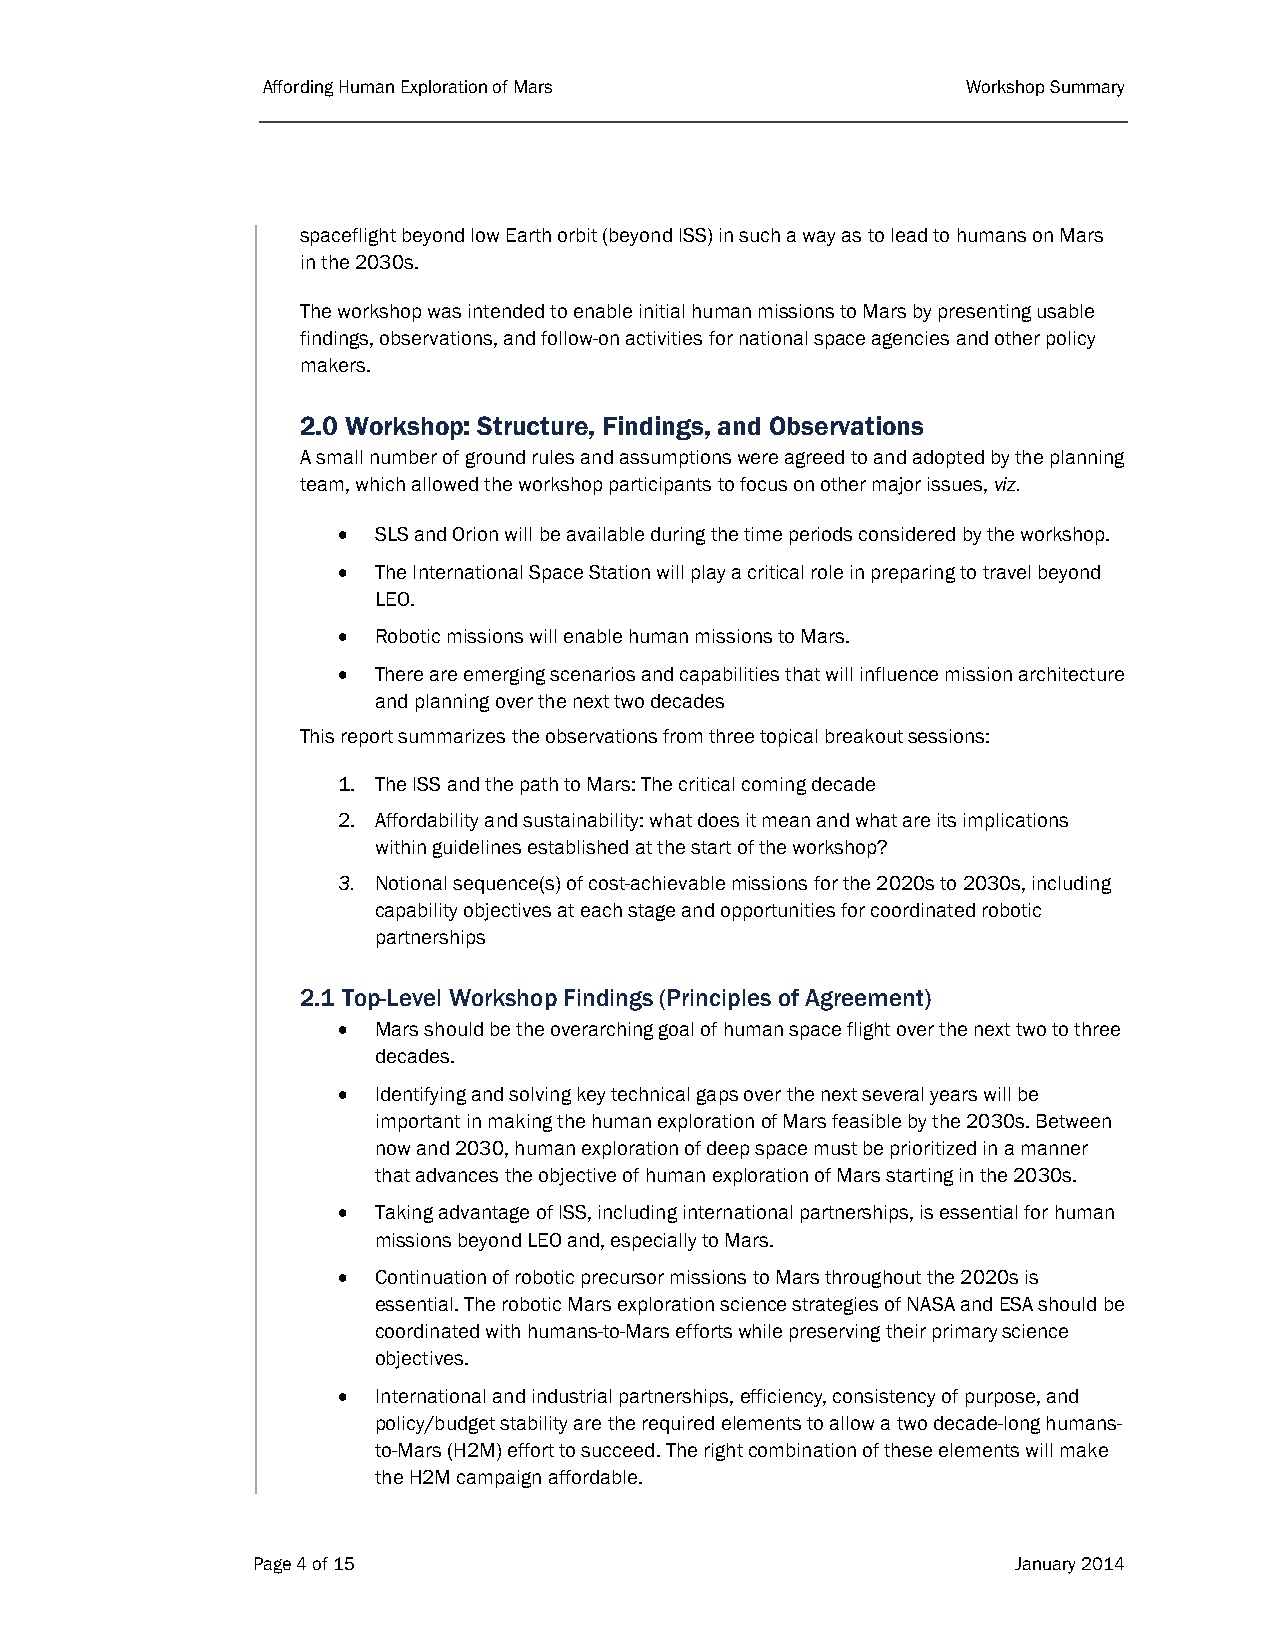
Affording Human Exploration of Mars            Workshop Summary
 spaceflight beyond low Earth orbit (beyond ISS) in such a way as to lead to humans on Mars
 in the 2030s.
 The workshop was intended to enable initial human missions to Mars by presenting usable
 findings, observations, and follow-on activities for national space agencies and other policy
 makers.
 2.0 Workshop: Structure, Findings, and Observations
 A small number of ground rules and assumptions were agreed to and adopted by the planning
 team, which allowed the workshop participants to focus on other major issues, viz.
   SLS and Orion will be available during the time periods considered by the workshop.
   The International Space Station will play a critical role in preparing to travel beyond
 LEO.
   Robotic missions will enable human missions to Mars.
   There are emerging scenarios and capabilities that will influence mission architecture
 and planning over the next two decades
 This report summarizes the observations from three topical breakout sessions:
 1. The ISS and the path to Mars: The critical coming decade
 2. Affordability and sustainability: what does it mean and what are its implications
 within guidelines established at the start of the workshop?
 3. Notional sequence(s) of cost-achievable missions for the 2020s to 2030s, including
 capability objectives at each stage and opportunities for coordinated robotic
 partnerships
 2.1 Top-Level Workshop Findings (Principles of Agreement)
   Mars should be the overarching goal of human space flight over the next two to three
 decades.
   Identifying and solving key technical gaps over the next several years will be
 important in making the human exploration of Mars feasible by the 2030s. Between
 now and 2030, human exploration of deep space must be prioritized in a manner
 that advances the objective of human exploration of Mars starting in the 2030s.
   Taking advantage of ISS, including international partnerships, is essential for human
 missions beyond LEO and, especially to Mars.
   Continuation of robotic precursor missions to Mars throughout the 2020s is
 essential. The robotic Mars exploration science strategies of NASA and ESA should be
 coordinated with humans-to-Mars efforts while preserving their primary science
 objectives.
   International and industrial partnerships, efficiency, consistency of purpose, and
 policy/budget stability are the required elements to allow a two decade-long humans-
 to-Mars (H2M) effort to succeed. The right combination of these elements will make
 the H2M campaign affordable.
 Page 4 of 15                                      January 2014